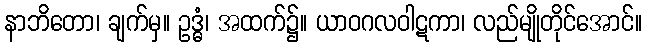
နာဘိတော၊ ချက်မှ။ ဥဒ္ဓံ၊ အထက်၌။ ယာဝဂလဝါဋကာ၊ လည်မျိုတိုင်အောင်။